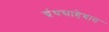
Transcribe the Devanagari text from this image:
ग्रंथसाहेबात